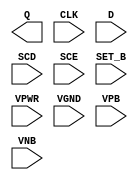
module sky130_fd_sc_hvl__sdfstp (
    Q    ,
    CLK  ,
    D    ,
    SCD  ,
    SCE  ,
    SET_B,
    VPWR ,
    VGND ,
    VPB  ,
    VNB
);

    output Q    ;
    input  CLK  ;
    input  D    ;
    input  SCD  ;
    input  SCE  ;
    input  SET_B;
    input  VPWR ;
    input  VGND ;
    input  VPB  ;
    input  VNB  ;
endmodule